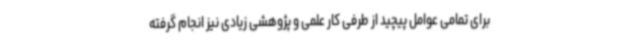
برای تمامی عوامل پیچید از طرفی کار علمی و پژوهشی زیادی نیز انجام گرفته